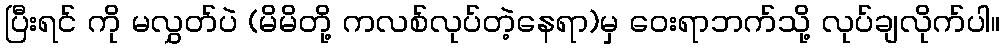
ပြီးရင် ကို မလွှတ်ပဲ (မိမိတို့ ကလစ်လုပ်တဲ့နေရာ)မှ ဝေးရာဘက်သို့ လုပ်ချလိုက်ပါ။